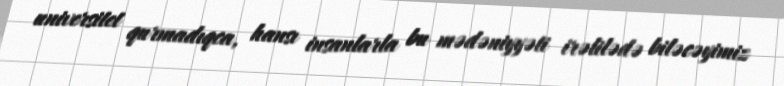
universitet qurmadıqca, hansı insanlarla bu mədəniyyəti irəlilədə biləcəyimiz